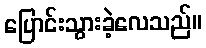
ပြောင်းသွားခဲ့လေသည်။